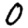
Digit: 0